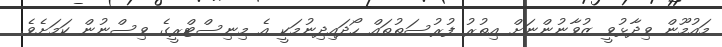
މައުމޫން ވިދާޅުވީ ޒުވާނުންނަށް އިތުރު ފުރުސަތުތައް ހޯދައިދިނުމަކީ އެ މިނިސްޓްރީގެ ވިސްނުން ކަމަށެވެ.